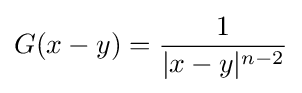
G(x-y)={\frac {1}{|x-y|^{n-2}}}